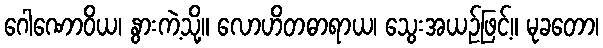
ဂေါဏောဝိယ၊ နွားကဲ့သို့။ လောဟိတဓာရာယ၊ သွေးအယဉ်ဖြင့်။ မုခတော၊